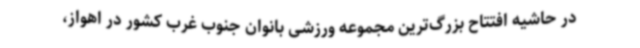
در حاشیه افتتاح بزرگ‌ترین مجموعه ورزشی بانوان جنوب ‌غرب کشور در اهواز،